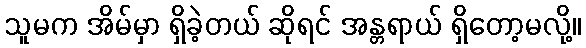
သူမက အိမ်မှာ ရှိခဲ့တယ် ဆိုရင် အန္တရာယ် ရှိတော့မလို့။